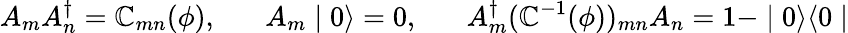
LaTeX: A_{m}A_{n}^{\dagger}=\mathbb{C}_{mn}(\phi),\; \; \; \; \; \; A_{m}\mid0\rangle=0,\; \; \; \; \; \; A_{m}^{\dagger}(\mathbb{C}^{-1}(\phi))_{mn}A_{n}=1-\mid0\rangle\langle0\mid